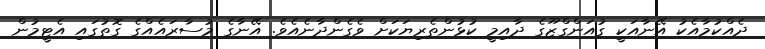
ދެއްކުމާއެކު އޭނާއަކީ ގުއަންގްޒޫގެ ދާއިމީ ކުޅުންތެރިޔަކަށް ވެގެންދާނެއެވެ. އޭނާގެ މުސާރައެއްގެ ގޮތުގައި އެޓީމުން